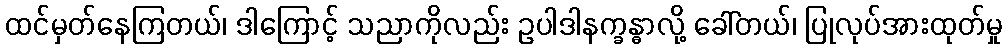
ထင်မှတ်နေကြတယ်၊ ဒါကြောင့် သညာကိုလည်း ဥပါဒါနက္ခန္ဓာလို့ ခေါ်တယ်၊ ပြုလုပ်အားထုတ်မှု